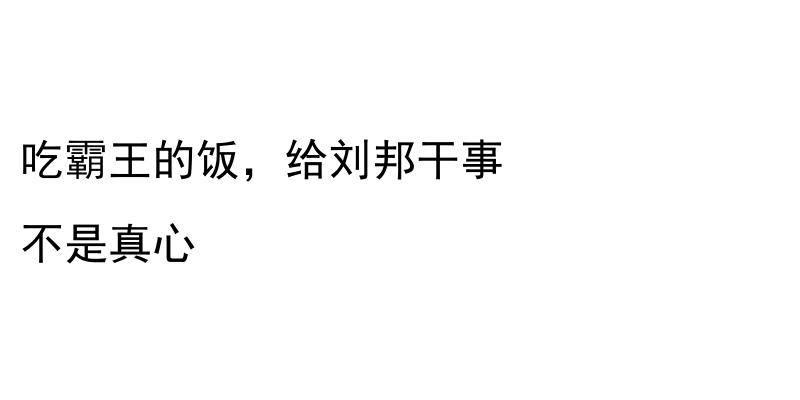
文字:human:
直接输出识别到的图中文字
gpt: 吃霸王的饭，给刘邦干事 不是真心